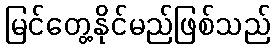
မြင်တွေ့နိုင်မည်ဖြစ်သည်